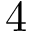
4